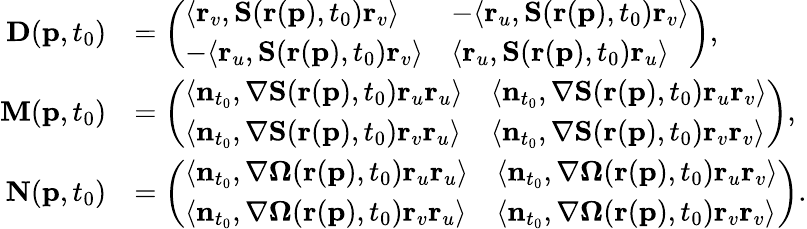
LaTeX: \begin{array}{rl}{\mathbf{D}(\mathbf{p},t_{0})}&{=\left(\begin{array}{ll}{\langle\mathbf{r}_{v},\mathbf{S}(\mathbf{r}(\mathbf{p}),t_{0})\mathbf{r}_{v}\rangle}&{-\langle\mathbf{r}_{u},\mathbf{S}(\mathbf{r}(\mathbf{p}),t_{0})\mathbf{r}_{v}\rangle}\\ {-\langle\mathbf{r}_{u},\mathbf{S}(\mathbf{r}(\mathbf{p}),t_{0})\mathbf{r}_{v}\rangle}&{\langle\mathbf{r}_{u},\mathbf{S}(\mathbf{r}(\mathbf{p}),t_{0})\mathbf{r}_{u}\rangle}\end{array}\right),}\\ {\mathbf{M}(\mathbf{p},t_{0})}&{=\left(\begin{array}{ll}{\langle\mathbf{n}_{t_{0}},\mathbf{\nabla S}(\mathbf{r}(\mathbf{p}),t_{0})\mathbf{r}_{u}\mathbf{r}_{u}\rangle}&{\langle\mathbf{n}_{t_{0}},\mathbf{\nabla S}(\mathbf{r}(\mathbf{p}),t_{0})\mathbf{r}_{u}\mathbf{r}_{v}\rangle}\\ {\langle\mathbf{n}_{t_{0}},\mathbf{\nabla S}(\mathbf{r}(\mathbf{p}),t_{0})\mathbf{r}_{v}\mathbf{r}_{u}\rangle}&{\langle\mathbf{n}_{t_{0}},\mathbf{\nabla S}(\mathbf{r}(\mathbf{p}),t_{0})\mathbf{r}_{v}\mathbf{r}_{v}\rangle}\end{array}\right),}\\ {\mathbf{N}(\mathbf{p},t_{0})}&{=\left(\begin{array}{ll}{\langle\mathbf{n}_{t_{0}},\mathbf{\nabla\Omega}(\mathbf{r}(\mathbf{p}),t_{0})\mathbf{r}_{u}\mathbf{r}_{u}\rangle}&{\langle\mathbf{n}_{t_{0}},\mathbf{\nabla\Omega}(\mathbf{r}(\mathbf{p}),t_{0})\mathbf{r}_{u}\mathbf{r}_{v}\rangle}\\ {\langle\mathbf{n}_{t_{0}},\mathbf{\nabla\Omega}(\mathbf{r}(\mathbf{p}),t_{0})\mathbf{r}_{v}\mathbf{r}_{u}\rangle}&{\langle\mathbf{n}_{t_{0}},\mathbf{\nabla\Omega}(\mathbf{r}(\mathbf{p}),t_{0})\mathbf{r}_{v}\mathbf{r}_{v}\rangle}\end{array}\right).}\end{array}